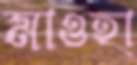
মাওহা